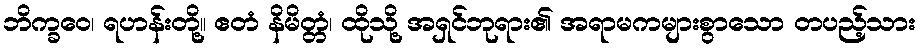
ဘိက္ခဝေ၊ ရဟန်းတို့။ ဧတံ နိမိတ္တံ၊ ထိုသို့ အရှင်ဘုရား၏ အရာမကများစွာသော တပည့်သား